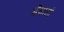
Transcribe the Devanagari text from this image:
डँडाली